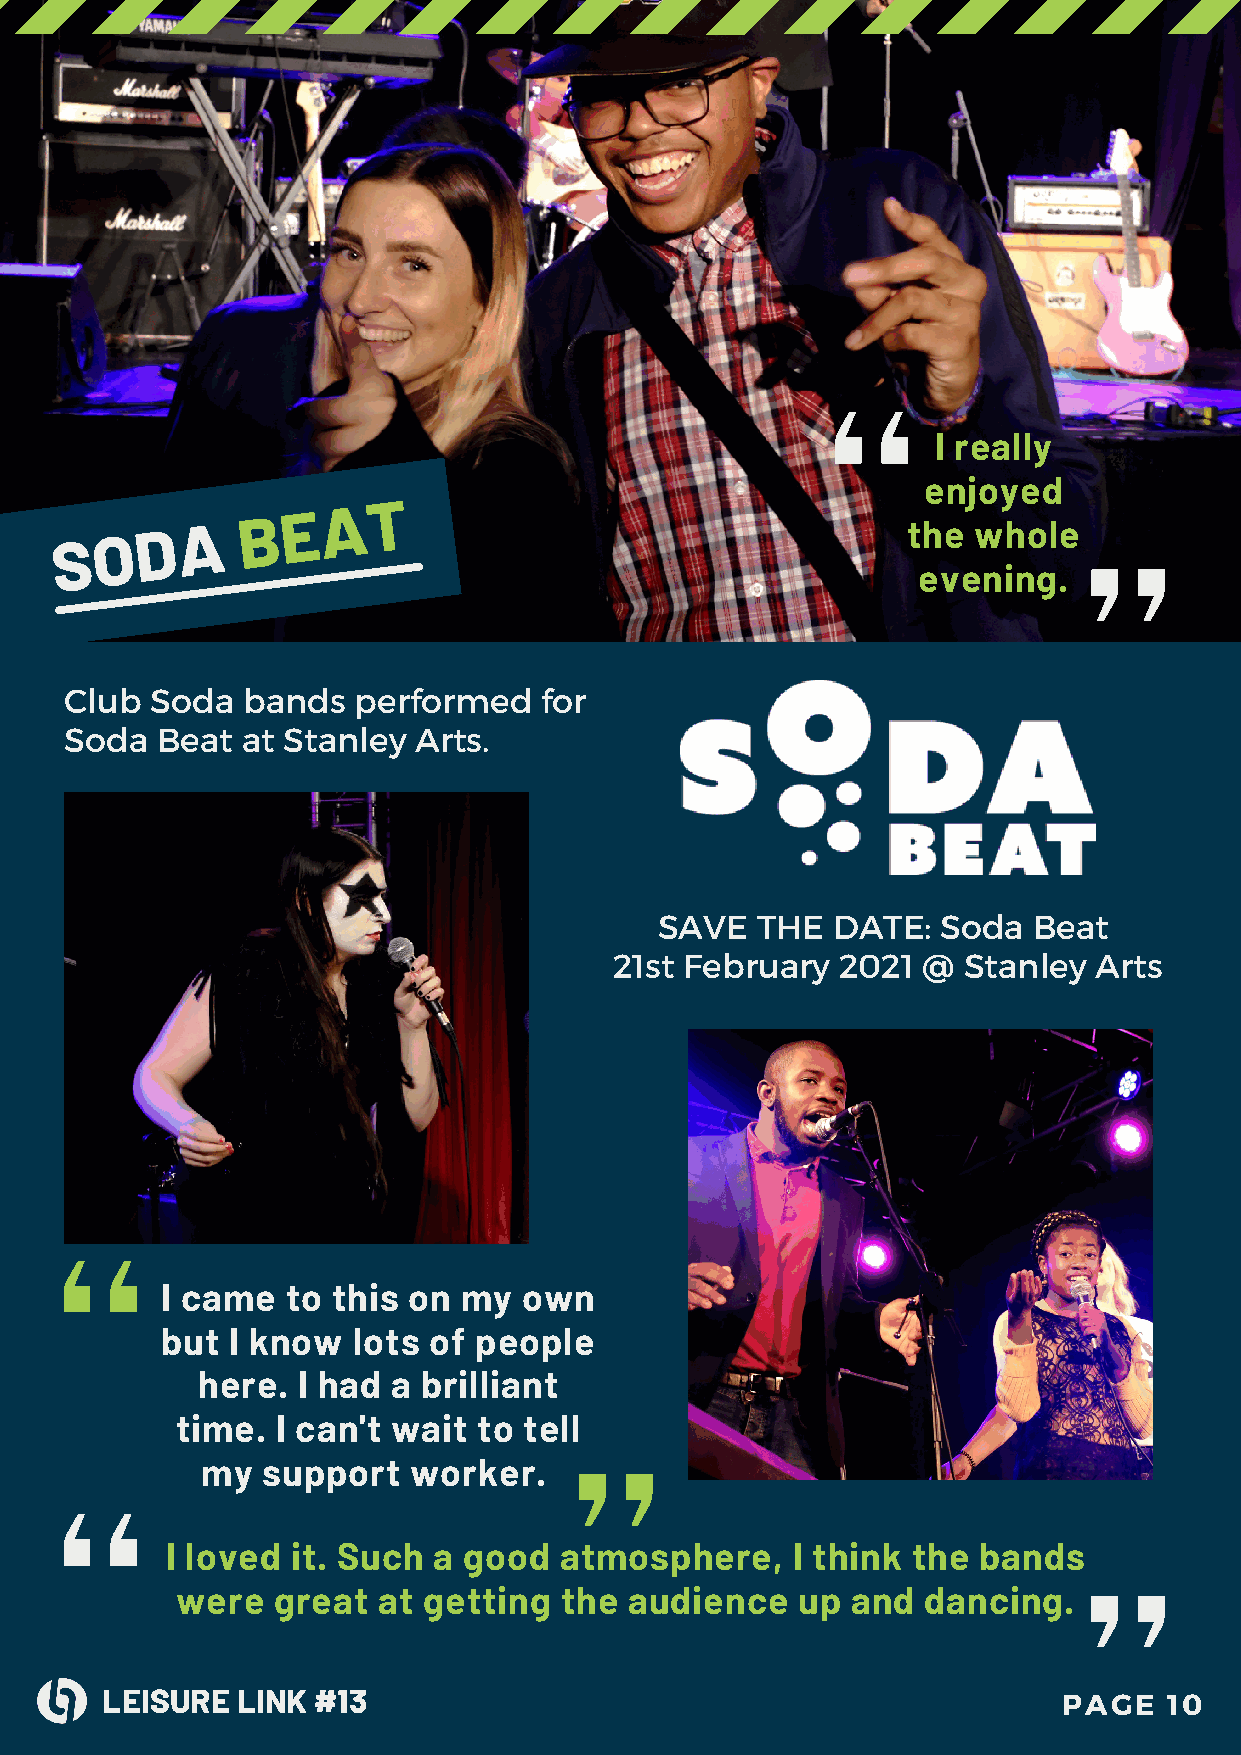
I really
 enjoyed
 S O  D  A
 B  E A   T
 the whole
 evening.
 Club  Soda  bands  performed    for
 Soda  Beat  at Stanley Arts.
 SAVE  THE  DATE:  Soda  Beat
 21st February  2021 @  Stanley Arts
 I came  to this on my   own
 but I know  lots of people
 here.  I had a brilliant
 time. I can't wait  to tell
 my  support   worker.
 I loved it. Such  a good  atmosphere,    I think the  bands
 were  great  at getting  the  audience   up and  dancing.
 LEISURE  LINK #13                                              PAGE   10